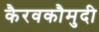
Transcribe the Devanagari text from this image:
कैरवकौमुदी